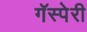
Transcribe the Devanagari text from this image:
गॅस्पेरी